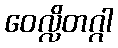
ဝေလ္လိတဂ္ဂါ